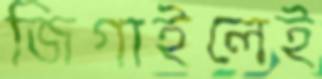
জিগাইলেই